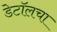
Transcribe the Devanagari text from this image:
डेटॉलचा